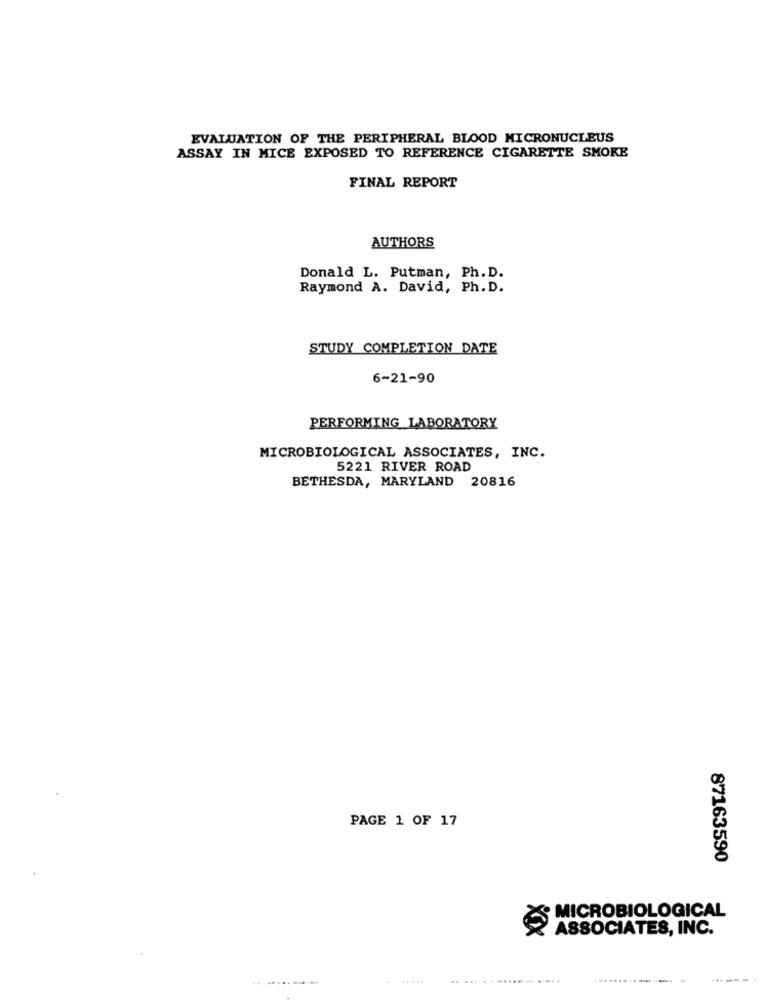
EVALUATION OF THE PERIPHERAL BLOOD MICRONUCLEUS
ASSAY IN MICE EXPOSED TO REFERENCE CIGARETTE SMOKE
FINAL REPORT
AUTHORS
Donald L. Putman, Ph. D.
Raymond A. David, Ph. D.
STUDY COMPLETION DATE
6-21-90
PERFORMING LABORATORY
MICROBIOLOGICAL ASSOCIATES, INC.
5221 RIVER ROAD
BETHESDA, MARYLAND 20816
PAGE 1 OF 17
87163590
MICROBIOLOGICAL
X
ASSOCIATES, INC.
.. ...........
--